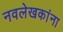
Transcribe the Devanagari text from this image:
नवलेखकांना